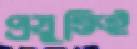
প্রযুক্তিই